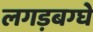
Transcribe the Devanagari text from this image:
लगड़बग्घे